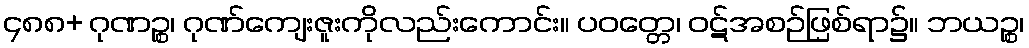
၄၈၈+ ဂုဏဉ္စ၊ ဂုဏ်ကျေးဇူးကိုလည်းကောင်း။ ပဝတ္တေ၊ ဝဋ်အစဉ်ဖြစ်ရာ၌။ ဘယဉ္စ၊